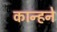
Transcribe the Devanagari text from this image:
कान्हने